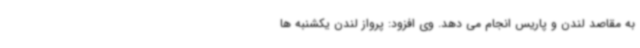
به مقاصد لندن و پاریس انجام می دهد. وی افزود: پرواز لندن یکشنبه ها